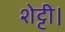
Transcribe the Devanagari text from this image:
शेट्टी।